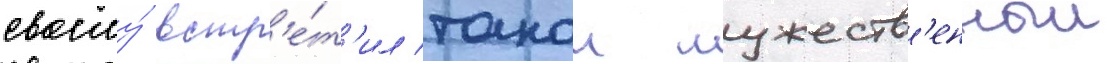
своему́ встр'е́т'ил такои мужеств'енныи